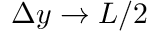
\Delta y \to L / 2